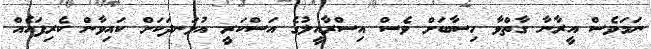
ނަމަވެސް އީރާނާ ގާތްވާ ހިސާބަށް ވެސް އިސްރާއީލުގެ އަސްކަރީ އުޅަނދަކަށް ކައިވާން ކެރިފައެއް